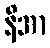
နိအာ